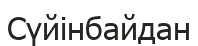
Сүйінбайдан